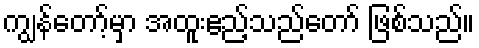
ကျွန်တော့်မှာ အထူးဧည့်သည်တော် ဖြစ်သည်။